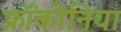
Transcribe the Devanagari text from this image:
फ्रॉंकोनिया